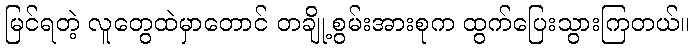
မြင်ရတဲ့ လူတွေထဲမှာတောင် တချို့စွမ်းအားစုက ထွက်ပြေးသွားကြတယ်။